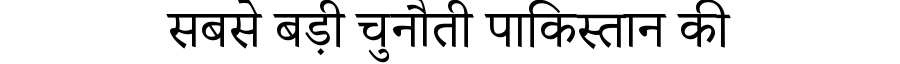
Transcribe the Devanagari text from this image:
सबसे बड़ी चुनौती पाकिस्तान की